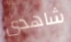
شاهدى